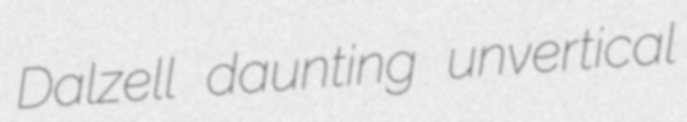
Dalzell daunting unvertical